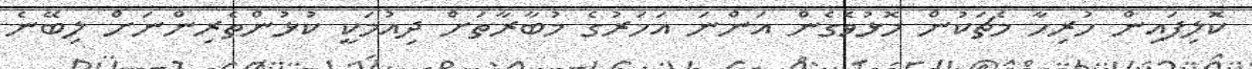
ކޮލިފައިން ހުރިހާ މެޗަކުން މޮޅުވެގެން އަންނަ އަހަރުގެ މުބާރާތަށް ދިއުމަކީ ކުޅުންތެރިންނަށް ލިބޭނެ